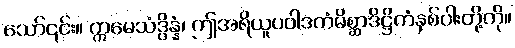
သော်၎င်း။ ဣမေသံဒွိန္နံ၊ ဤအရိယူပဝါဒကံမိစ္ဆာဒိဋ္ဌိကံနှစ်ပါးတို့ကို။